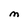
Character: M